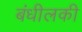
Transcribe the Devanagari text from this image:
बंधीलकी